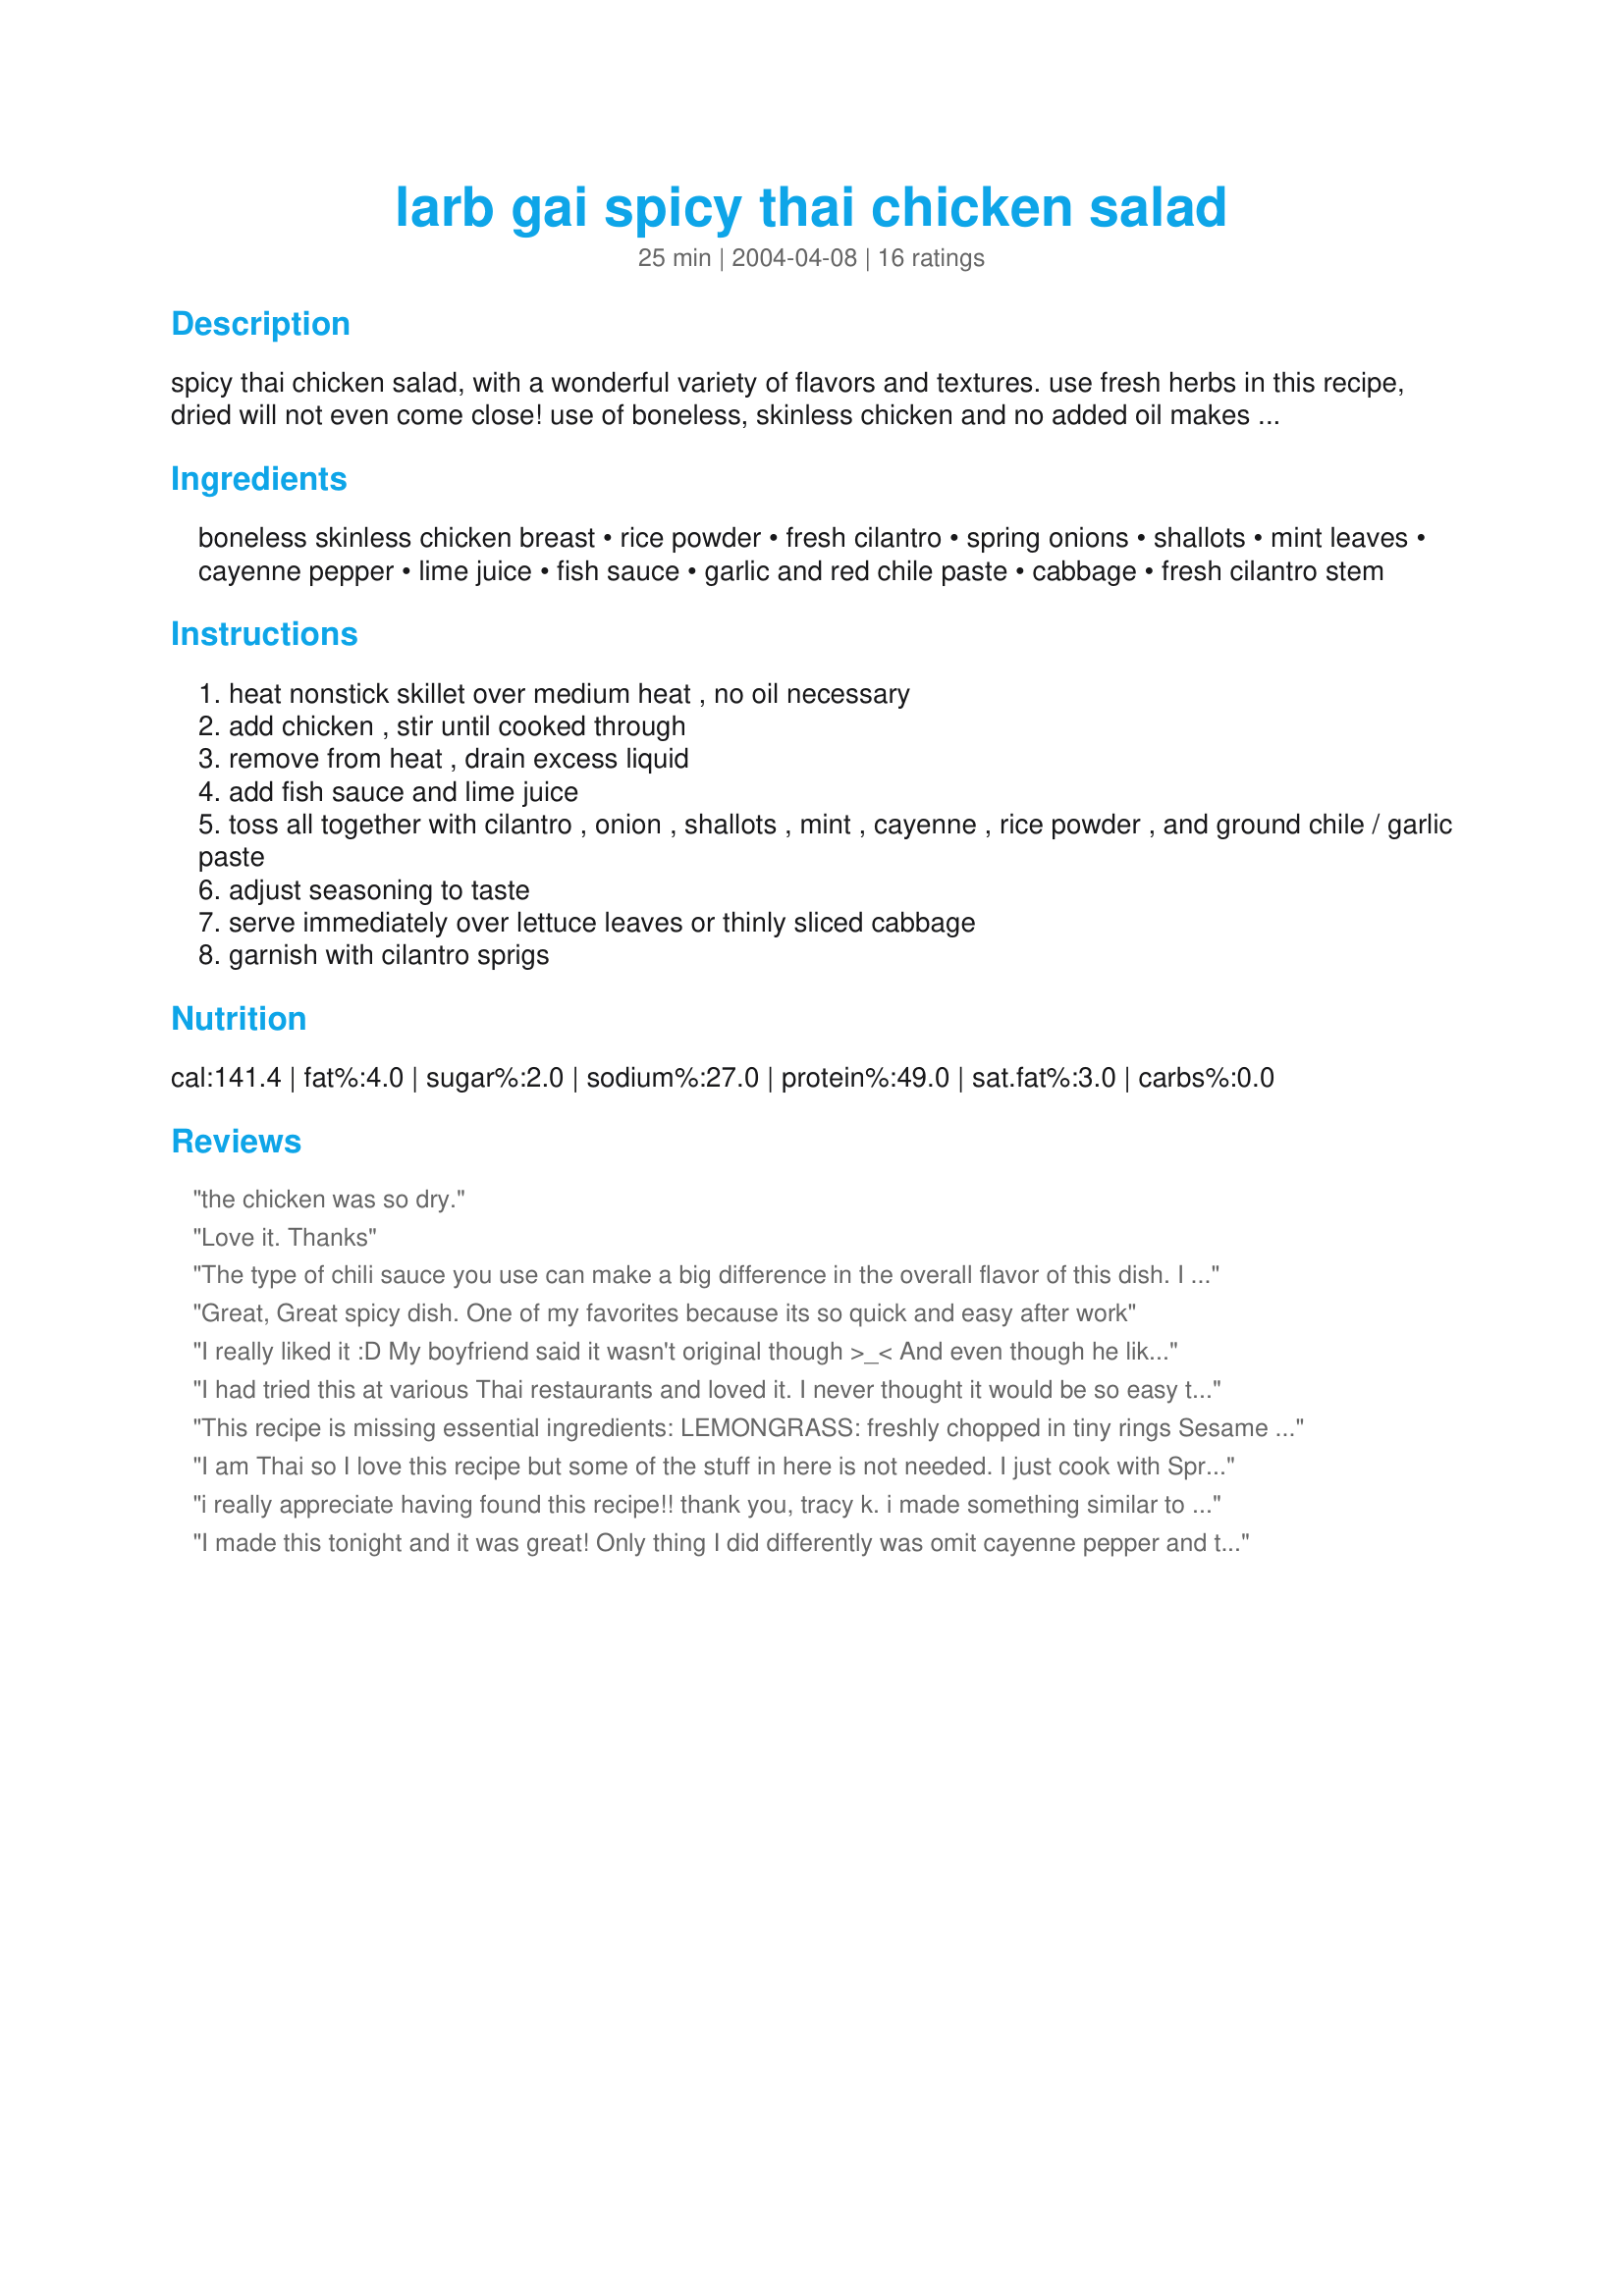
larb gai spicy thai chicken salad
Preparation time: 25 minutes

spicy thai chicken salad, with a wonderful variety of flavors and textures. use fresh herbs in this recipe, dried will not even come close! use of boneless, skinless chicken and no added oil makes this a very tasty low-fat dish. source: somchet chumpapo

Ingredients:
boneless skinless chicken breast, rice powder, fresh cilantro, spring onions, shallots, mint leaves, cayenne pepper, lime juice, fish sauce, garlic and red chile paste, cabbage, fresh cilantro stem

Steps:
heat nonstick skillet over medium heat , no oil necessary
add chicken , stir until cooked through
remove from heat , drain excess liquid
add fish sauce and lime juice
toss all together with cilantro , onion , shallots , mint , cayenne , rice powder , and ground chile / garlic paste
adjust seasoning to taste
serve immediately over lettuce leaves or thinly sliced cabbage
garnish with cilantro sprigs

Reviews:
the chicken was so dry.
Love it. Thanks
The type of chili sauce you use can make a big difference in the overall flavor of this dish. I read several comments that there seemed to be a flavor missing, I think sweet is what is lacking here. I tried it again with a different brand of chili sauce and it was much more balanced. So, if your chili sauce isn&#039;t at all sweet, you might want to punch it up with a bit of sugar to get that classic Thai salty/sweet/spicy mix. Other than that, I love this dish- fresh, easy, light and quite healthy.
Great, Great spicy dish. One of my favorites because its so quick and easy after work
I really liked it :D My boyfriend said it wasn't original though >_< And even though he liked it he said it was missing something... Oh well it was really good, I also added in a pinch of salt and pepper.
I had tried this at various Thai restaurants and loved it. I never thought it would be so easy to make at home. This is an excellent recipe and a very low fat, low calorie meal. Thanks!
This recipe is missing essential ingredients:

LEMONGRASS: freshly chopped in tiny rings
Sesame oil: 1-2 tsp (a few sesame seeds optional)
Gallanga root (if not available use young ginger): a tiny bit finely chopped
Red/Green chillies: amount to taste -- chopped

NO CAYENNE PEPPER!!!!! No chile past necessary.

Also garlic should be finely minced and browned in a little oil instead of the paste.
I am Thai so I love this recipe but some of the stuff in here is not needed. I just cook with Spring Onions, Cilantro, Fish Sauce, Lime, and spices. I don't put more than that but it seems good. I will try it sometimes.
i really appreciate having found this recipe!! thank you, tracy k. i made something similar to what you described, but of course with lots of sauteed garlic, my favorite foodgroup!
I made this tonight and it was great! Only thing I did differently was omit cayenne pepper and the garlic/red chile paste. Instead I used 2 fresh habanero chile peppers
can we use chicken leg insteed of chicken breast so that a its look good as well as taste wise perfectely
Not spicy enough and no where close to the original Laap (spelled Larb in English by Thais). Make the laap dish the original Lao (or Northern/Northeast Lao of Thailand) way, once you taste it no other version won't be as satisfying to your taste buds!
First, thank you! This recipe made my husband SO happy! It is his favorite dish and this is the best recipe we have found. Second, we used turkey, and doubled the recipe and only spent $12, it should have been enough to feed an army, but there are no leftovers. This is going to be made weekly at my house for a very long time!
this gets all five stars for being simple, healthy and delicious - we have a great Thai restaurant close by but my family prefers this one over most restaurants!
I made this and it was good/ok. . The heat level was perfect. The balance of other flavors seemed to lack something. Will make again until I find a better recipe.
Thanks
We loved this dish. I thought it was just perfect. Thanks so much for posting! I will make this often.
Heather
